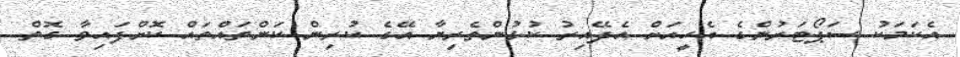
އެކަމަކު ސަޕޯޓަރުންގެ އެހީއަށް އެދޭއިރު ކުޅުންތެރިޔާ އޭގެ ކުރިން ކަންތައްތައް ކޮށްފައިވާ ގޮތް